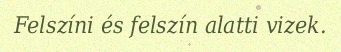
Felszíni és felszín alatti vizek.